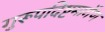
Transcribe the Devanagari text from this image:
गुरूपदिष्टमार्गेण